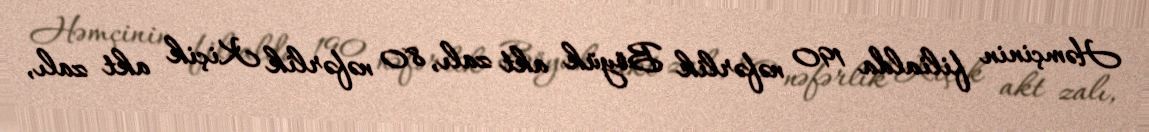
Həmçinin filialda 190 nəfərlik Böyük akt zalı, 80 nəfərlik Kiçik akt zalı,